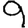
Digit: 9